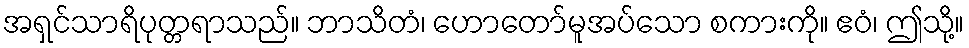
အရှင်သာရိပုတ္တရာသည်။ ဘာသိတံ၊ ဟောတော်မူအပ်သော စကားကို။ ဧဝံ၊ ဤသို့။